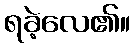
ရခဲ့လေ၏။